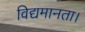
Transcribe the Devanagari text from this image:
विद्यमानता।